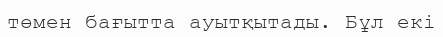
төмен бағытта ауытқытады. Бұл екі